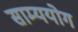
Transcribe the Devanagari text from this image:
साम्ययोग